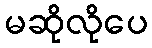
မဆိုလိုပေ